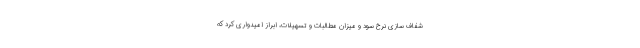
شفاف سازی نرخ سود و میزان مطالبات و تسهیلات، ابراز امیدواری کرد که